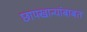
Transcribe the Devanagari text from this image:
छापखान्यांबाबत